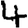
Digit: 4